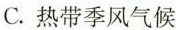
C.热带季风气候